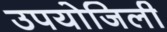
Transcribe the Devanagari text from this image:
उपयोजिली